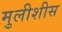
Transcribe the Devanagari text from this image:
मुलीशीस